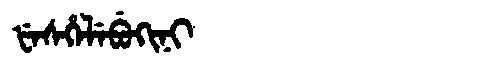
Manchu: ᡶᡝᠰᡥᡝᠯᡝᠪᡠᡴᡳᠨᡳ
Romanization: FESHELEBUKINI